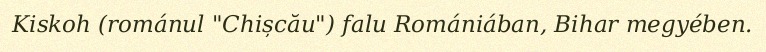
Kiskoh (románul "Chișcău") falu Romániában, Bihar megyében.